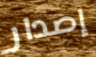
إصدار